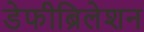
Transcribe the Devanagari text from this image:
डेफीब्रिलेशन